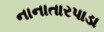
નાનાતારપાડા